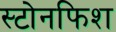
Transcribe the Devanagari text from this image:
स्टोनफिश